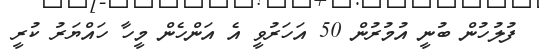
ފުލުހުން ބުނީ އުމުރުން 50 އަހަރުވީ އެ އަންހެން މީހާ ހައްޔަރު ކުރީ